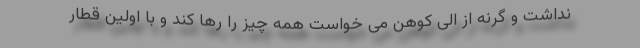
نداشت و گرنه از الی کوهن می خواست همه چیز را رها کند و با اولین قطار